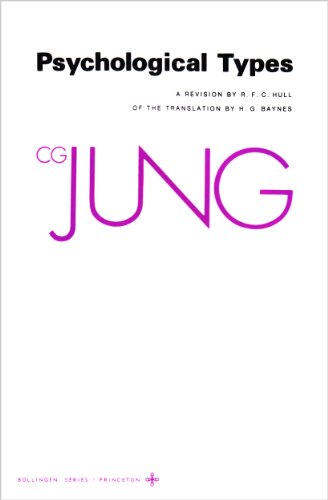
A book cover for Psychological Types (The Collected Works of C. G. Jung, Vol. 6) (Bollingen Series XX); C. G. Jung; Medical Books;